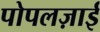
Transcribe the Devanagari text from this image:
पोपलज़ाई